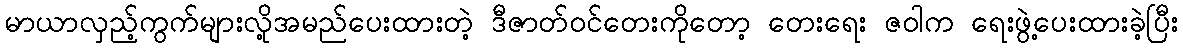
မာယာလှည့်ကွက်များလို့အမည်ပေးထားတဲ့ ဒီဇာတ်ဝင်တေးကိုတော့ တေးရေး ဇဝါက ရေးဖွဲ့ပေးထားခဲ့ပြီး